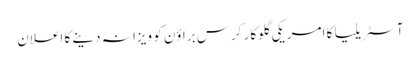
آ‎سٹریلیا کا امریکی گلوکار کِرس براؤن کو ویزا نہ دینے کا اعلان